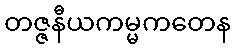
တဇ္ဇနီယကမ္မကတေန